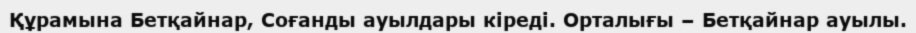
Құрамына Бетқайнар, Соғанды ауылдары кіреді. Орталығы – Бетқайнар ауылы.